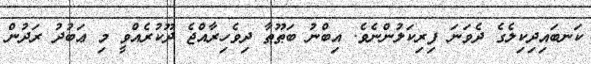
ކަނބައިދިކިލެގެ ދެވަނަ ފިރިކަލުންނެވެ. އިބްނު ބަޠޫޠާ ދިވެހިރާއްޖެ ދޫކުރެއްވީ މި ޢަބުދު ރަދުން